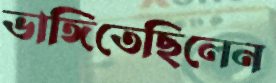
ভাঙ্গিতেছিলেন